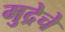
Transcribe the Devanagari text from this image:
मुद्रेचे